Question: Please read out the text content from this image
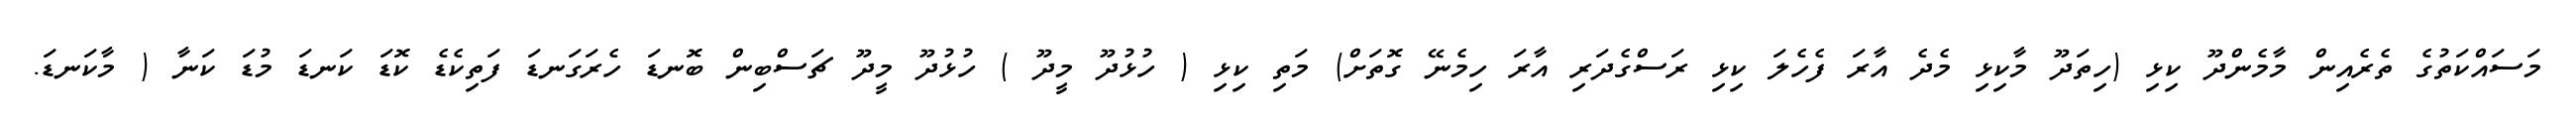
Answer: މަސައްކަތުގެ ތެރެއިން މާމެންދޫ ކިޅި (ހިތަދޫ މާކިޅި މެދެ އާރަ ފެހެލަ ކިޅި ރަސްގެދަރި އާރަ ހިމެނޭ ގޮތަށް) މަތި ކިޅި ( ހުޅުދޫ މީދޫ ) ހުޅުދޫ މީދޫ ޗަސްބިން ބޮނޑަ ހެރަގަނޑަ ފަތިކެޑެ ކޮޑަ ކަނޑަ މުޑަ ކަނާ ( މާކަނޑަ.